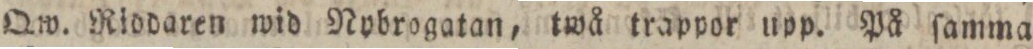
Qw. Riodaren wid Nybrogatan, twå trappor upp. På ſamma